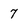
Character: 7